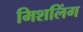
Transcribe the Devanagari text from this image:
मिशलिंग